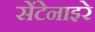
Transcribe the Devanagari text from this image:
सेंटेनाइरे